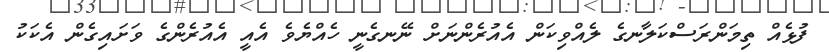
ފުޅެއް ތިމަންރަސްކަލާނގެ ލެއްވިކަން އެއުރެންނަށް ނޭނގެނީ ހެއްޔެވެ އެއީ އެއުރެންގެ ވަށައިގެން އެކަކު